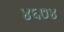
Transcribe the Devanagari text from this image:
४६७४